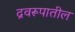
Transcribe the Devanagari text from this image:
द्रवरूपातील